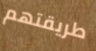
طريقتهم